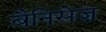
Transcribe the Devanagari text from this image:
बैनिसेज़